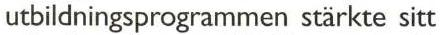
utbildningsprogrammen stärkte sitt